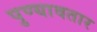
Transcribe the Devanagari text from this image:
पुण्यावतार